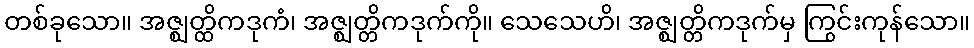
တစ်ခုသော။ အဇ္ဈတ္ထိကဒုကံ၊ အဇ္ဈတ္တိကဒုက်ကို။ သေသေဟိ၊ အဇ္ဈတ္တိကဒုက်မှ ကြွင်းကုန်သော။